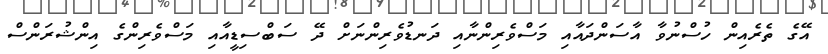
އޭގެ ތެރެއިން ހުސްނުވާ އާސަންދައާއި މަސްވެރިންނާއި ދަނޑުވެރިންނަށް ދޭ ސަބްސިޑީއާއި މަސްވެރިންގެ އިންޝުރަންސް